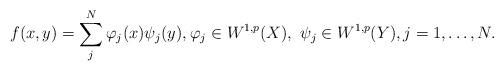
LaTeX: \begin{align*}f(x,y)=\sum_j^N\varphi_j(x)\psi_j(y),\varphi_j\in W^{1,p}(X),\ \psi_j\in W^{1,p}(Y),j=1,\ldots,N.\end{align*}